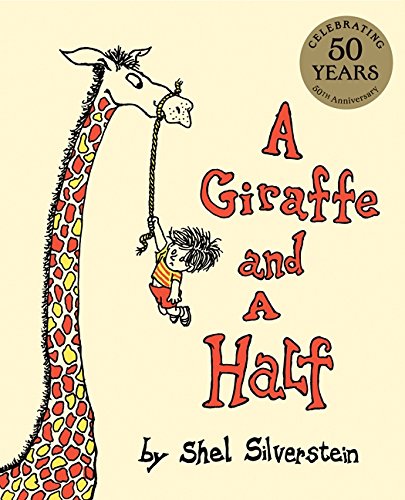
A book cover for A Giraffe and a Half; Shel Silverstein; Education & Teaching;